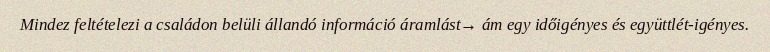
Mindez feltételezi a családon belüli állandó információ áramlást→ ám egy időigényes és együttlét-igényes.